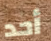
أحد